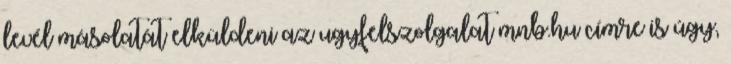
levél másolatát elküldeni az ugyfelszolgalat mnb.hu címre is úgy,